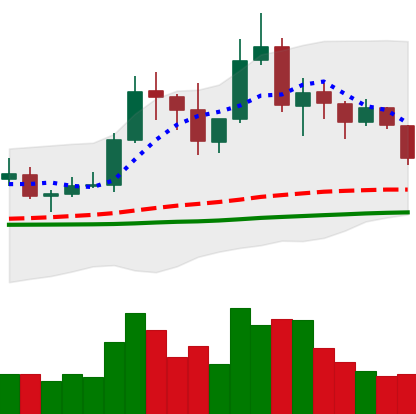
Ticker: TRX-USD
Chart end date: 2019-06-09
Forward return: 8.15%
Label: up_7plus